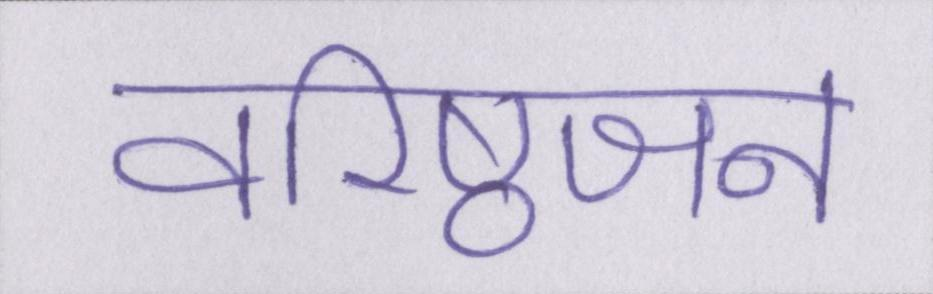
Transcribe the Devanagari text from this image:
वरिष्ठजन